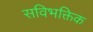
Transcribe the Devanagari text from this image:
सविभक्तिक